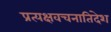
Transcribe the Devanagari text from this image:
प्रत्यक्षवचनातिदेश